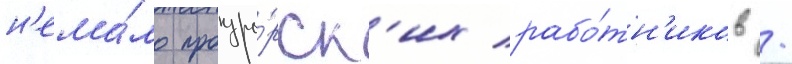
н'ема́ло прокуро́рск'их рабо́тн'иков /